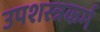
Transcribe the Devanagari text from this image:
उपशस्त्रकर्म